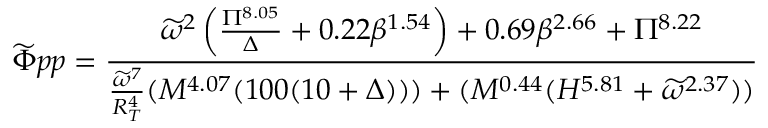
\widetilde \Phi { p p } = \frac { \widetilde \omega ^ { 2 } \left( \frac { \Pi ^ { 8 . 0 5 } } { \Delta } + 0 . 2 2 \beta ^ { 1 . 5 4 } \right) + 0 . 6 9 \beta ^ { 2 . 6 6 } + \Pi ^ { 8 . 2 2 } } { \frac { \widetilde \omega ^ { 7 } } { R _ { T } ^ { 4 } } ( M ^ { 4 . 0 7 } ( 1 0 0 ( 1 0 + \Delta ) ) ) + ( M ^ { 0 . 4 4 } ( H ^ { 5 . 8 1 } + \widetilde \omega ^ { 2 . 3 7 } ) ) }